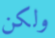
ولكن